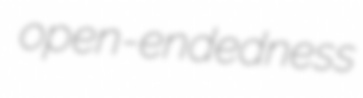
open-endedness